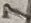
Text: 7